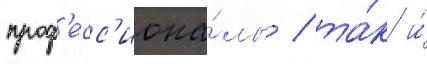
проф'есс'иона́лы / та́к и́